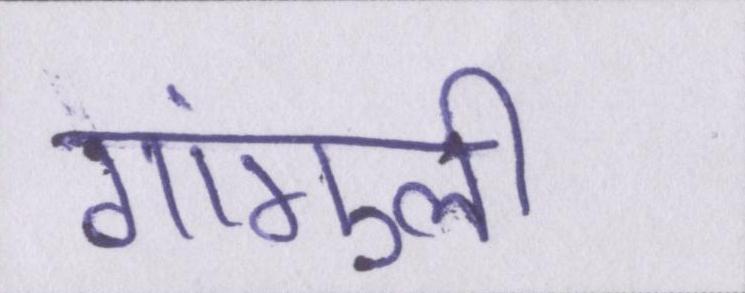
गांगुली